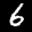
Label: 6